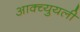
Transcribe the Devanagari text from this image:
आक्च्युयली